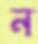
ন